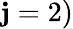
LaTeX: \mathbf{j}=2)